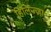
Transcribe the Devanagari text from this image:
हिलिज्ज़ा